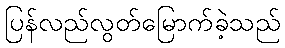
ပြန်လည်လွတ်မြောက်ခဲ့သည်